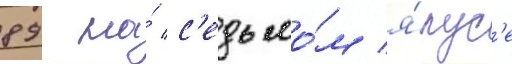
89 на́ с'едьмо́м я́рус'е